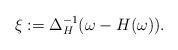
LaTeX: \begin{align*}\xi:=\Delta_H^{-1}(\omega-H(\omega)).\end{align*}